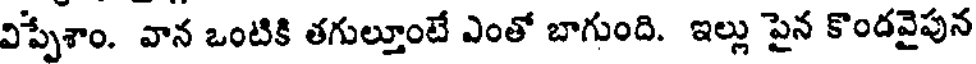
విప్పేశాం. వాన ఒంటికి తగుల్లూంటే ఎంతో బాగుంది. ఇల్లు పైన కొందవైపున